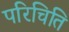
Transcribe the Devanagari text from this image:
परिचिति